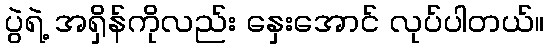
ပွဲရဲ့ အရှိန်ကိုလည်း နှေးအောင် လုပ်ပါတယ်။